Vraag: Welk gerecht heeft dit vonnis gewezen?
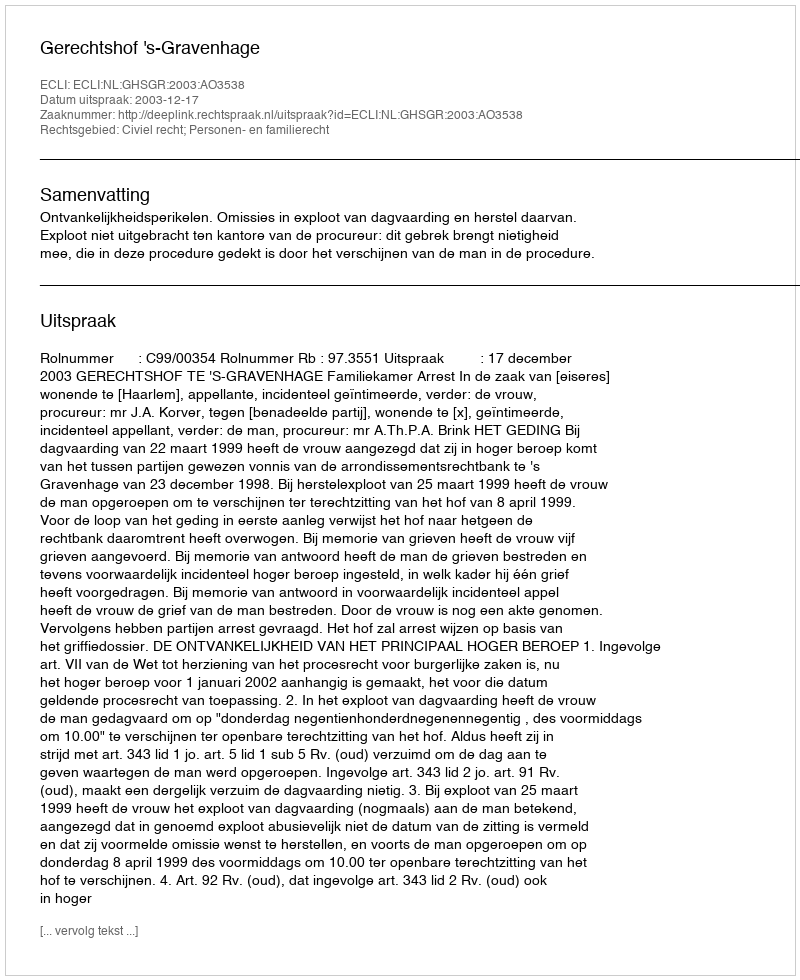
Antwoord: Gerechtshof 's-Gravenhage